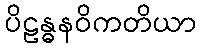
ပိဠန္ဓနဝိကတိယာ